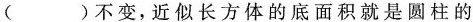
( )不变，近似长方体的底面积就是圆柱的